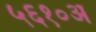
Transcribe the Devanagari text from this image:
५६१०अ